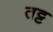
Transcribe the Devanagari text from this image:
तट्ट